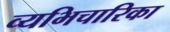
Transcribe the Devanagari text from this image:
व्यभिचारिका